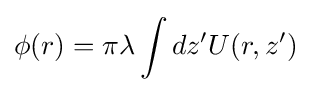
\phi (r)=\pi \lambda \int dz'U(r,z')